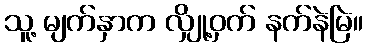
သူ့ မျက်နှာက လျှို့ဝှက် နက်နဲမြဲ။